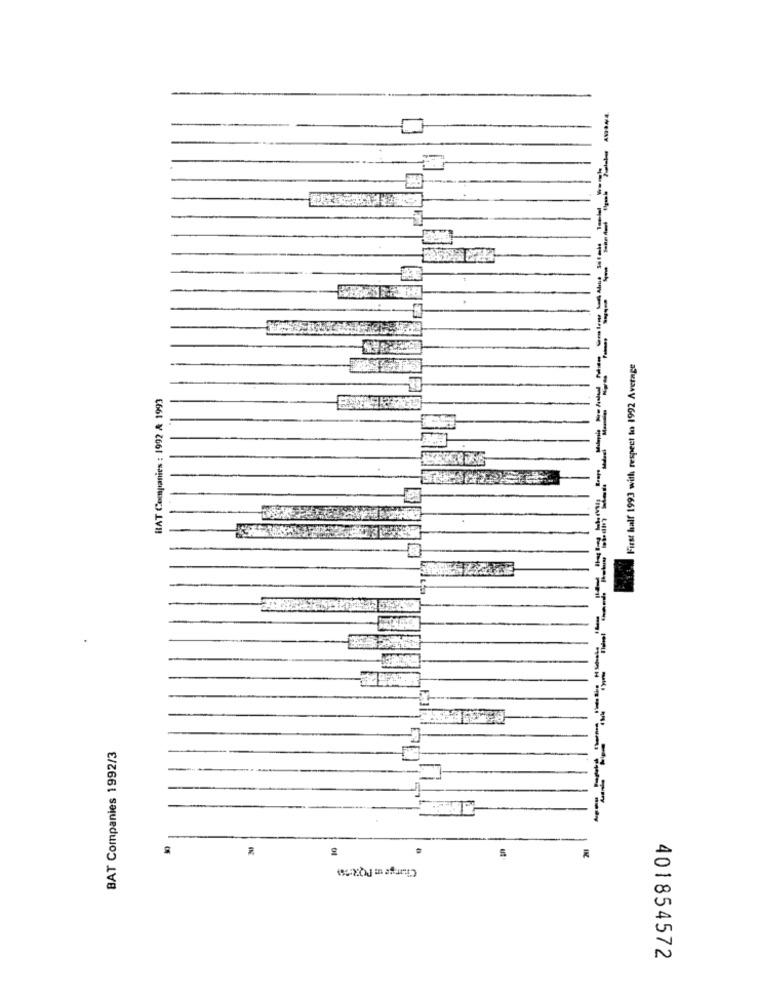
First half 1993 with respect to 1992 Average
RAT Companies : 1992 A 1993
BAT Companies 1992/3
Charge in POR:2%)
401854572